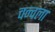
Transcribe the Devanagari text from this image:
चन्वला